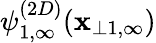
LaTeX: \psi_{1,\infty}^{(2D)}(\mathbf{x}_{\perp1,\infty})